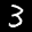
Label: 3